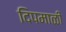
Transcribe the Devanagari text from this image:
दिपमाळी